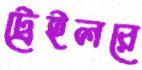
ট্রেইলরে